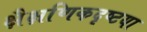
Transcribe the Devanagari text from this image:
क्षैक्षणिकदृष्टया